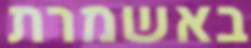
באשמרת